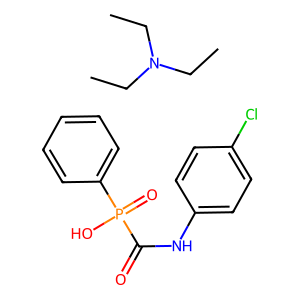
SMILES: CCN(CC)CC.O=C(Nc1ccc(Cl)cc1)P(=O)(O)c1ccccc1
Inhibits HIV replication: No